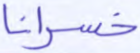
خسرانا